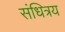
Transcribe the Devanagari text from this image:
संधित्रय